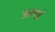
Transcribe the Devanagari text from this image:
आर्च्ड